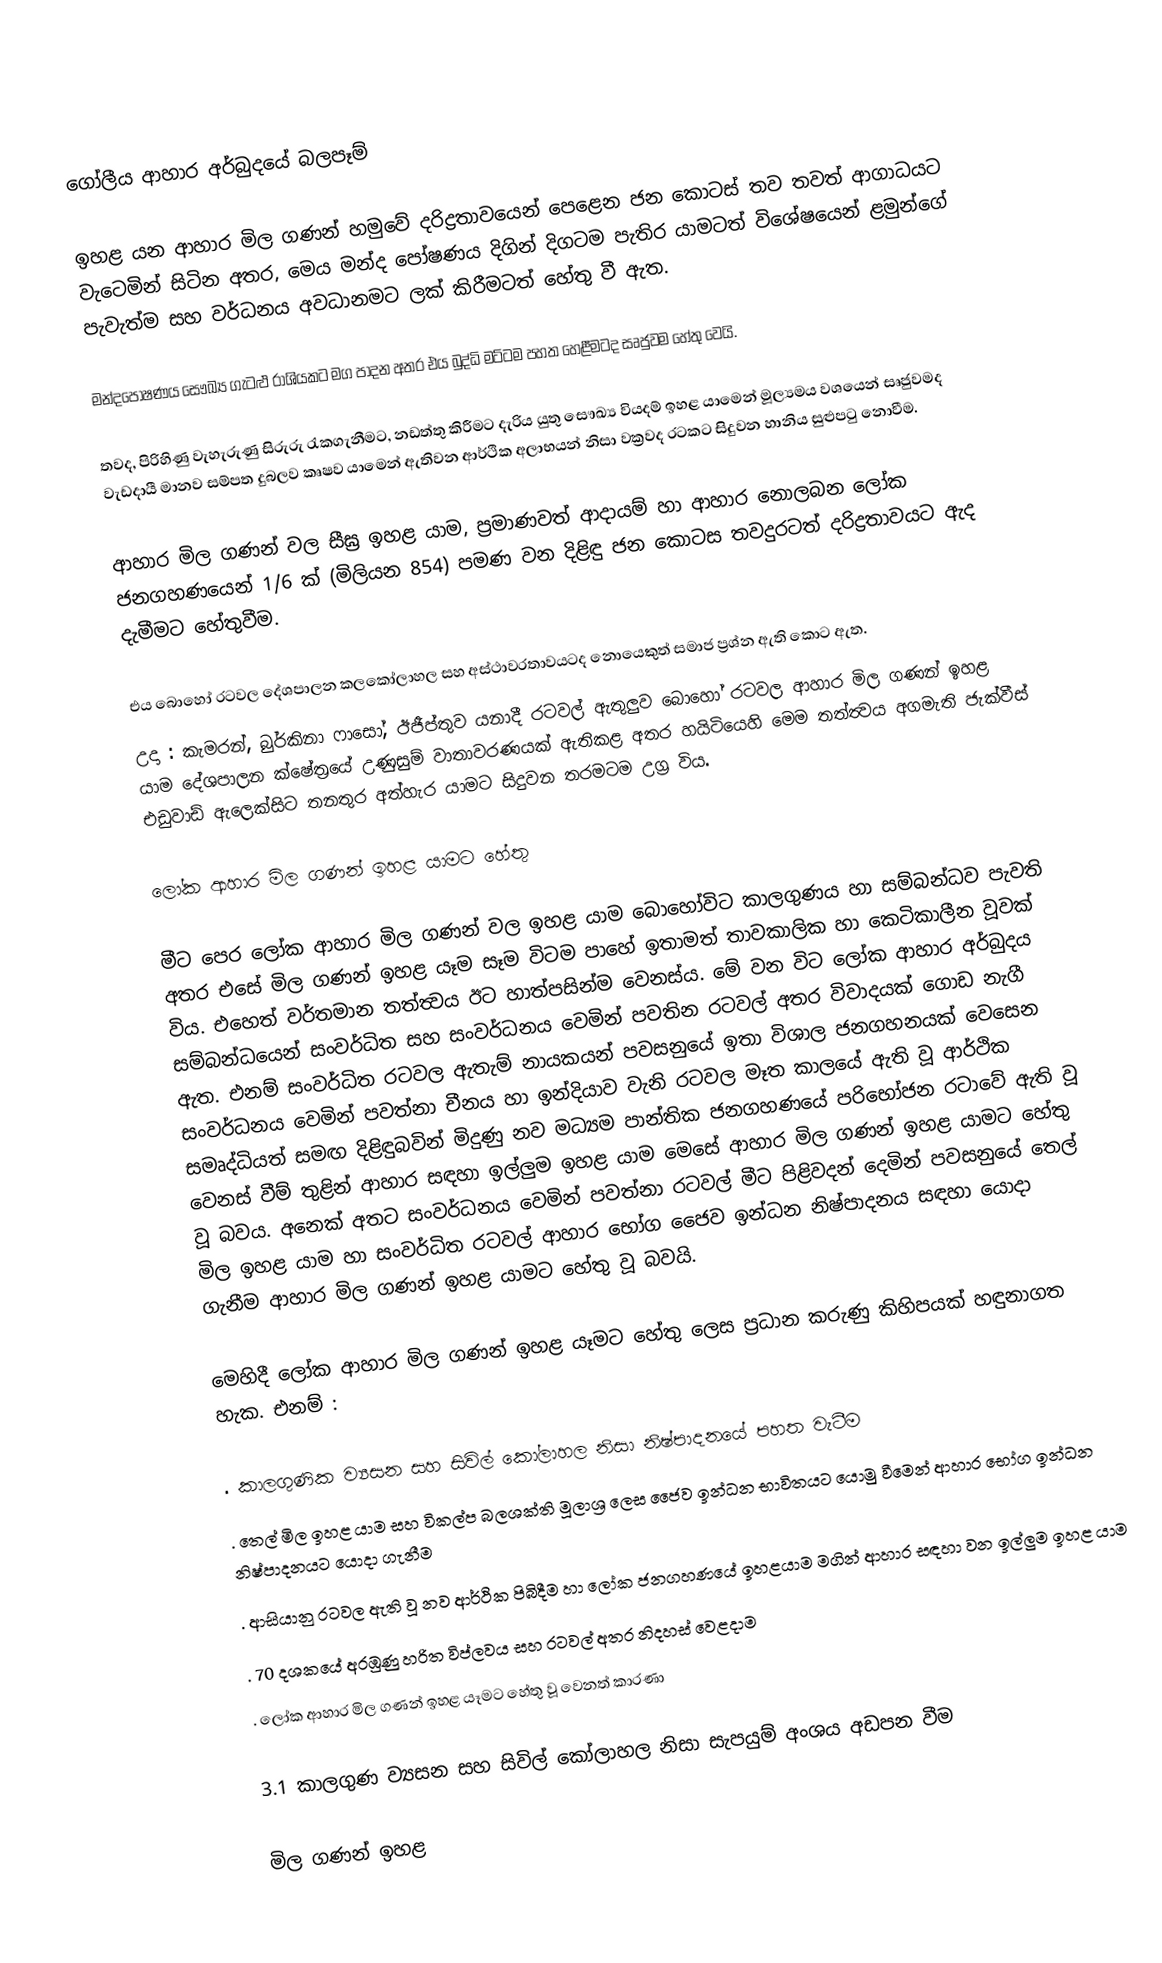

ගෝලීය ආහාර අර්බුදයේ බලපෑම්

ඉහළ යන ආහාර මිල ගණන් හමුවේ දරිද්‍රතාවයෙන් පෙළෙන ජන කොටස් තව තවත් ආගාධයට වැටෙමින් සිටින අතර, මෙය මන්ද පෝෂණය දිගින් දිගටම පැතිර යාමටත් විශේෂයෙන් ළමුන්ගේ පැවැත්ම සහ වර්ධනය අවධානමට ලක් කිරීමටත් හේතු වී ඇත.

මන්දපෝෂණය සෞඛ්‍ය ගැටළු රාශියකට මග පාදන අතර එය බුද්ධි මට්ටම පහත හෙළීමටද සෘජුවම හේතු වෙයි.

තවද, පිරිහිණු වැහැරුණු සිරුරු රැකගැනීමට, නඩත්තු කිරීමට දැරිය යුතු සෞඛ්‍ය වියදම් ඉහළ යාමෙන් මූල්‍යමය වශයෙන් සෘජුවමද වැඩදායී මානව සම්පත දුබලව කෘෂව යාමෙන් ඇතිවන ආර්ථික අලාභයන් නිසා වක්‍රවද රටකට සිදුවන හානිය සුළුපටු නොවීම.

ආහාර මිල ගණන් වල සීඝ්‍ර ඉහළ යාම, ප්‍රමාණවත් ආදායම්  හා ආහාර නොලබන ලෝක ජනගහණයෙන් 1/6 ක් (මිලියන 854) පමණ වන දිළිඳු ජන කොටස තවදුරටත් දරිද්‍රතාවයට ඇද දැමීමට හේතුවීම.

එය බොහෝ රටවල දේශපාලන කලකෝලාහල සහ අස්ථාවරතාවයටද නොයෙකුත් සමාජ ප්‍රශ්න ඇති කොට ඇත.
උදා : කැමරන්, බුර්කිනා ‍ෆාසෝ, ඊජීප්තුව යනාදී රටවල් ඇතුලුව බොහෝ රටවල ආහාර මිල ගණන් ඉහළ යාම දේශපාලන ක්ෂේත්‍රයේ උණුසුම් වාතාවරණයක් ඇතිකළ අතර හයිටියෙහි මෙම තත්ත්‍වය අගමැති ජැක්වීස් එඩුවාඩ් ඇලෙක්සිට තනතුර අත්හැර යාමට සිදුවන තරමටම උග්‍ර විය.

ලෝක ආහාර මිල ගණන් ඉහළ යාමට හේතු

මීට පෙර ලෝක ආහාර මිල ගණන් වල ඉහළ යාම බොහෝවිට කාලගුණය හා සම්බන්ධව පැවති අතර එසේ මිල ගණන් ඉහළ යෑම සෑම විටම පාහේ ඉතාමත් තාවකාලික හා කෙටිකාලීන වූවක් විය. එහෙත් වර්තමාන තත්ත්‍වය ඊට හාත්පසින්ම වෙනස්ය. මේ වන විට ලෝක ආහාර අර්බුදය සම්බන්ධයෙන් සංවර්ධිත සහ සංවර්ධනය වෙමින් පවතින රටවල් අතර විවාදයක් ගොඩ නැගී ඇත. එනම් සංවර්ධිත රටවල ඇතැම් නායකයන් පවසනුයේ ඉතා විශාල ජනගහනයක් වෙසෙන සංවර්ධනය වෙමින් පවත්නා චීනය හා ඉන්දියාව වැනි රටවල මෑත කාලයේ ඇති වූ ආර්ථික සමෘද්ධියත් සමඟ දිළිඳුබවින් මිදුණු නව මධ්‍යම පාන්තික ජනගහණයේ පරිභෝජන රටාවේ ඇති වූ වෙනස් වීම් තුළින් ආහාර සඳහා ඉල්ලුම ඉහළ යාම මෙසේ ආහාර මිල ගණන් ඉහළ යාමට හේතු වූ බවය. අනෙක් අතට සංවර්ධනය වෙමින් පවත්නා රටවල් මීට පිළිවදන් දෙමින් පවසනුයේ තෙල් මිල ඉහළ යාම හා සංවර්ධිත රටවල් ආහාර භෝග ජෛව ඉන්ධන නිෂ්පාදනය සඳහා යොදා ගැනීම ආහාර මිල ගණන් ඉහළ යාමට හේතු වූ බවයි.

මෙහිදී ලෝක ආහාර මිල ගණන් ඉහළ යෑමට හේතු ලෙස ප්‍රධාන කරුණු කිහිපයක් හඳුනාගත හැක. එනම් :

. කාලගුණික ව්‍යසන සහ සිවිල් කෝලාහල නිසා නිෂ්පාදනයේ පහත වැටීම
. තෙල් මිල ඉහළ යාම සහ විකල්ප බලශක්ති මූලාශ්‍ර ලෙස ජෛව ඉන්ධන භාවිතයට යොමු වීමෙන් ආහාර භෝග ඉන්ධන නිෂ්පාදනයට යොදා ගැනීම
. ආසියානු රටවල ඇති වූ නව ආර්ථික පිබිදීම හා ලෝක ජනගහණයේ ඉහළයාම මගින් ආහාර සඳහා වන ඉල්ලුම ඉහළ යාම
. 70 දශකයේ අරඹුණු  හරිත විප්ලවය සහ රටවල් අතර නිදහස් වෙළදාම
. ලෝක ආහාර මිල ගණන් ඉහළ යෑමට හේතු වූ වෙනත් කාරණා

3.1 කාලගුණ ව්‍යසන සහ සිවිල් කෝලාහල නිසා සැපයුම් අංශය අඩපන වීම

මිල ගණන් ඉහළ